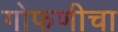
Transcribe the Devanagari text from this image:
गोफणीचा